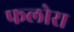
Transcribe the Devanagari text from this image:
फलोरा